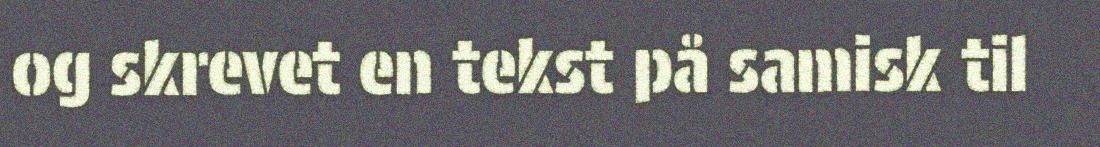
og skrevet en tekst på samisk til